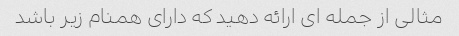
مثالی از جمله ای ارائه دهید که دارای همنام زیر باشد